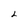
Character: L